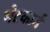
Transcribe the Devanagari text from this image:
भेटकार्ड